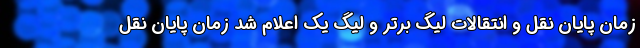
زمان پایان نقل و انتقالات لیگ برتر و لیگ یک اعلام شد زمان پایان نقل